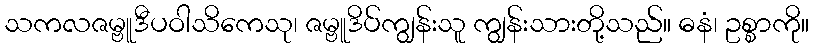
သကလဇမ္ဗူဒီပဝါသိကေသု၊ ဇမ္ဗူဒိပ်ကျွန်းသူ ကျွန်းသားတို့သည်။ ဓနံ၊ ဥစ္စာကို။